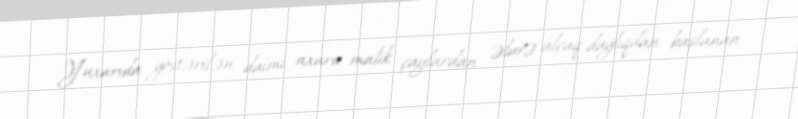
Yuxarıda göstərilən daimi axara malik çaylardan əlavə alçaq dağlıqdan başlanan